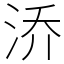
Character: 㳢